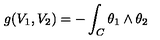
g ( V _ { 1 } , V _ { 2 } ) = - \int _ { C } \theta _ { 1 } \wedge \theta _ { 2 }